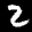
Label: 2